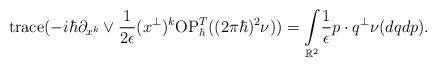
LaTeX: \begin{align*}\mathrm{trace}(-i\hbar\partial_{x^{k}}\lor\frac{1}{2\epsilon}(x^{\bot})^{k}\mathrm{OP}_{\hbar}^{T}((2\pi\hbar)^{2}\nu))=\underset{\mathbb{R}^{2}}{\int}\frac{1}{\epsilon}p\cdot q^{\bot}\nu(dqdp).\end{align*}